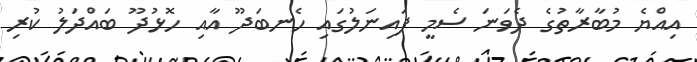
އިއްޔެ މުބާރާތުގެ ދެވަނަ ސެމީ ފައިނަލުގައި ހެނބަދޫ އާއި ހޮޅުދޫ ބައްދަލު ކުރި